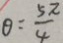
\theta = \frac { 5 \pi } { 4 }